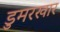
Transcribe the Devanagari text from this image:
डुमरखार